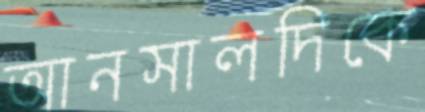
আনসালদিকে